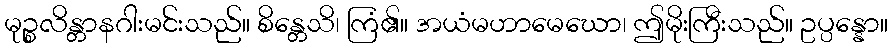
မုဉ္စလိန္တာနဂါးမင်းသည်။ စိန္တေသိ၊ ကြံ၏။ အယံမဟာမေဃော၊ ဤမိုးကြီးသည်။ ဥပ္ပန္နော။